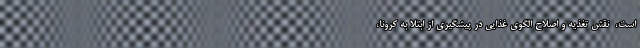
است، ‌ نقش تغذیه و اصلاح الگوی غذایی در پیشگیری از ابتلا به کرونا،